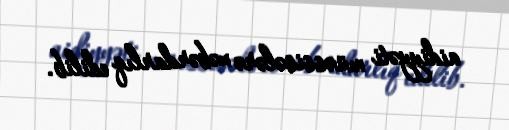
aidiyyəti müəssisələrə xəbərdarlıq edilib.